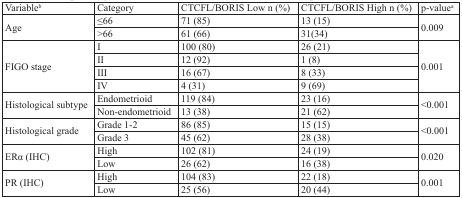
<table><thead><tr><td><b>Variable<sup>b</sup></b></td><td><b>Category</b></td><td><b>CTCFL/BORIS Low n (%)</b></td><td><b>CTCFL/BORIS High n (%)</b></td><td><b>p-value<sup>a</sup></b></td></tr></thead><tbody><tr><td rowspan="2">Age</td><td>≤66</td><td>71 (85)</td><td>13 (15)</td><td rowspan="2">0.009</td></tr><tr><td>&gt;66</td><td>61 (66)</td><td>31(34)</td></tr><tr><td rowspan="4">FIGO stage</td><td>I</td><td>100 (80)</td><td>26 (21)</td><td rowspan="4">0.001</td></tr><tr><td>II</td><td>12 (92)</td><td>1 (8)</td></tr><tr><td>III</td><td>16 (67)</td><td>8 (33)</td></tr><tr><td>IV</td><td>4 (31)</td><td>9 (69)</td></tr><tr><td rowspan="2">Histological subtype</td><td>Endometrioid</td><td>119 (84)</td><td>23 (16)</td><td rowspan="2">&lt;0.001</td></tr><tr><td>Non-endometrioid</td><td>13 (38)</td><td>21 (62)</td></tr><tr><td rowspan="2">Histological grade</td><td>Grade 1-2</td><td>86 (85)</td><td>15 (15)</td><td rowspan="2">&lt;0.001</td></tr><tr><td>Grade 3</td><td>45 (62)</td><td>28 (38)</td></tr><tr><td rowspan="2">ERα (IHC)</td><td>High</td><td>102 (81)</td><td>24 (19)</td><td rowspan="2">0.020</td></tr><tr><td>Low</td><td>26 (62)</td><td>16 (38)</td></tr><tr><td rowspan="2">PR (IHC)</td><td>High</td><td>104 (83)</td><td>22 (18)</td><td rowspan="2">0.001</td></tr><tr><td>Low</td><td>25 (56)</td><td>20 (44)</td></tr></tbody></table>